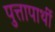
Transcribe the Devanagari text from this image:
पुत्तापार्थी